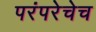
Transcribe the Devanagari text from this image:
परंपरेचेच